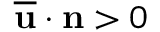
\overline { { \mathbf { u } } } \cdot \mathbf { n } > 0